Eesti_Vabariigi_Tartu_Ulikool, lk 310
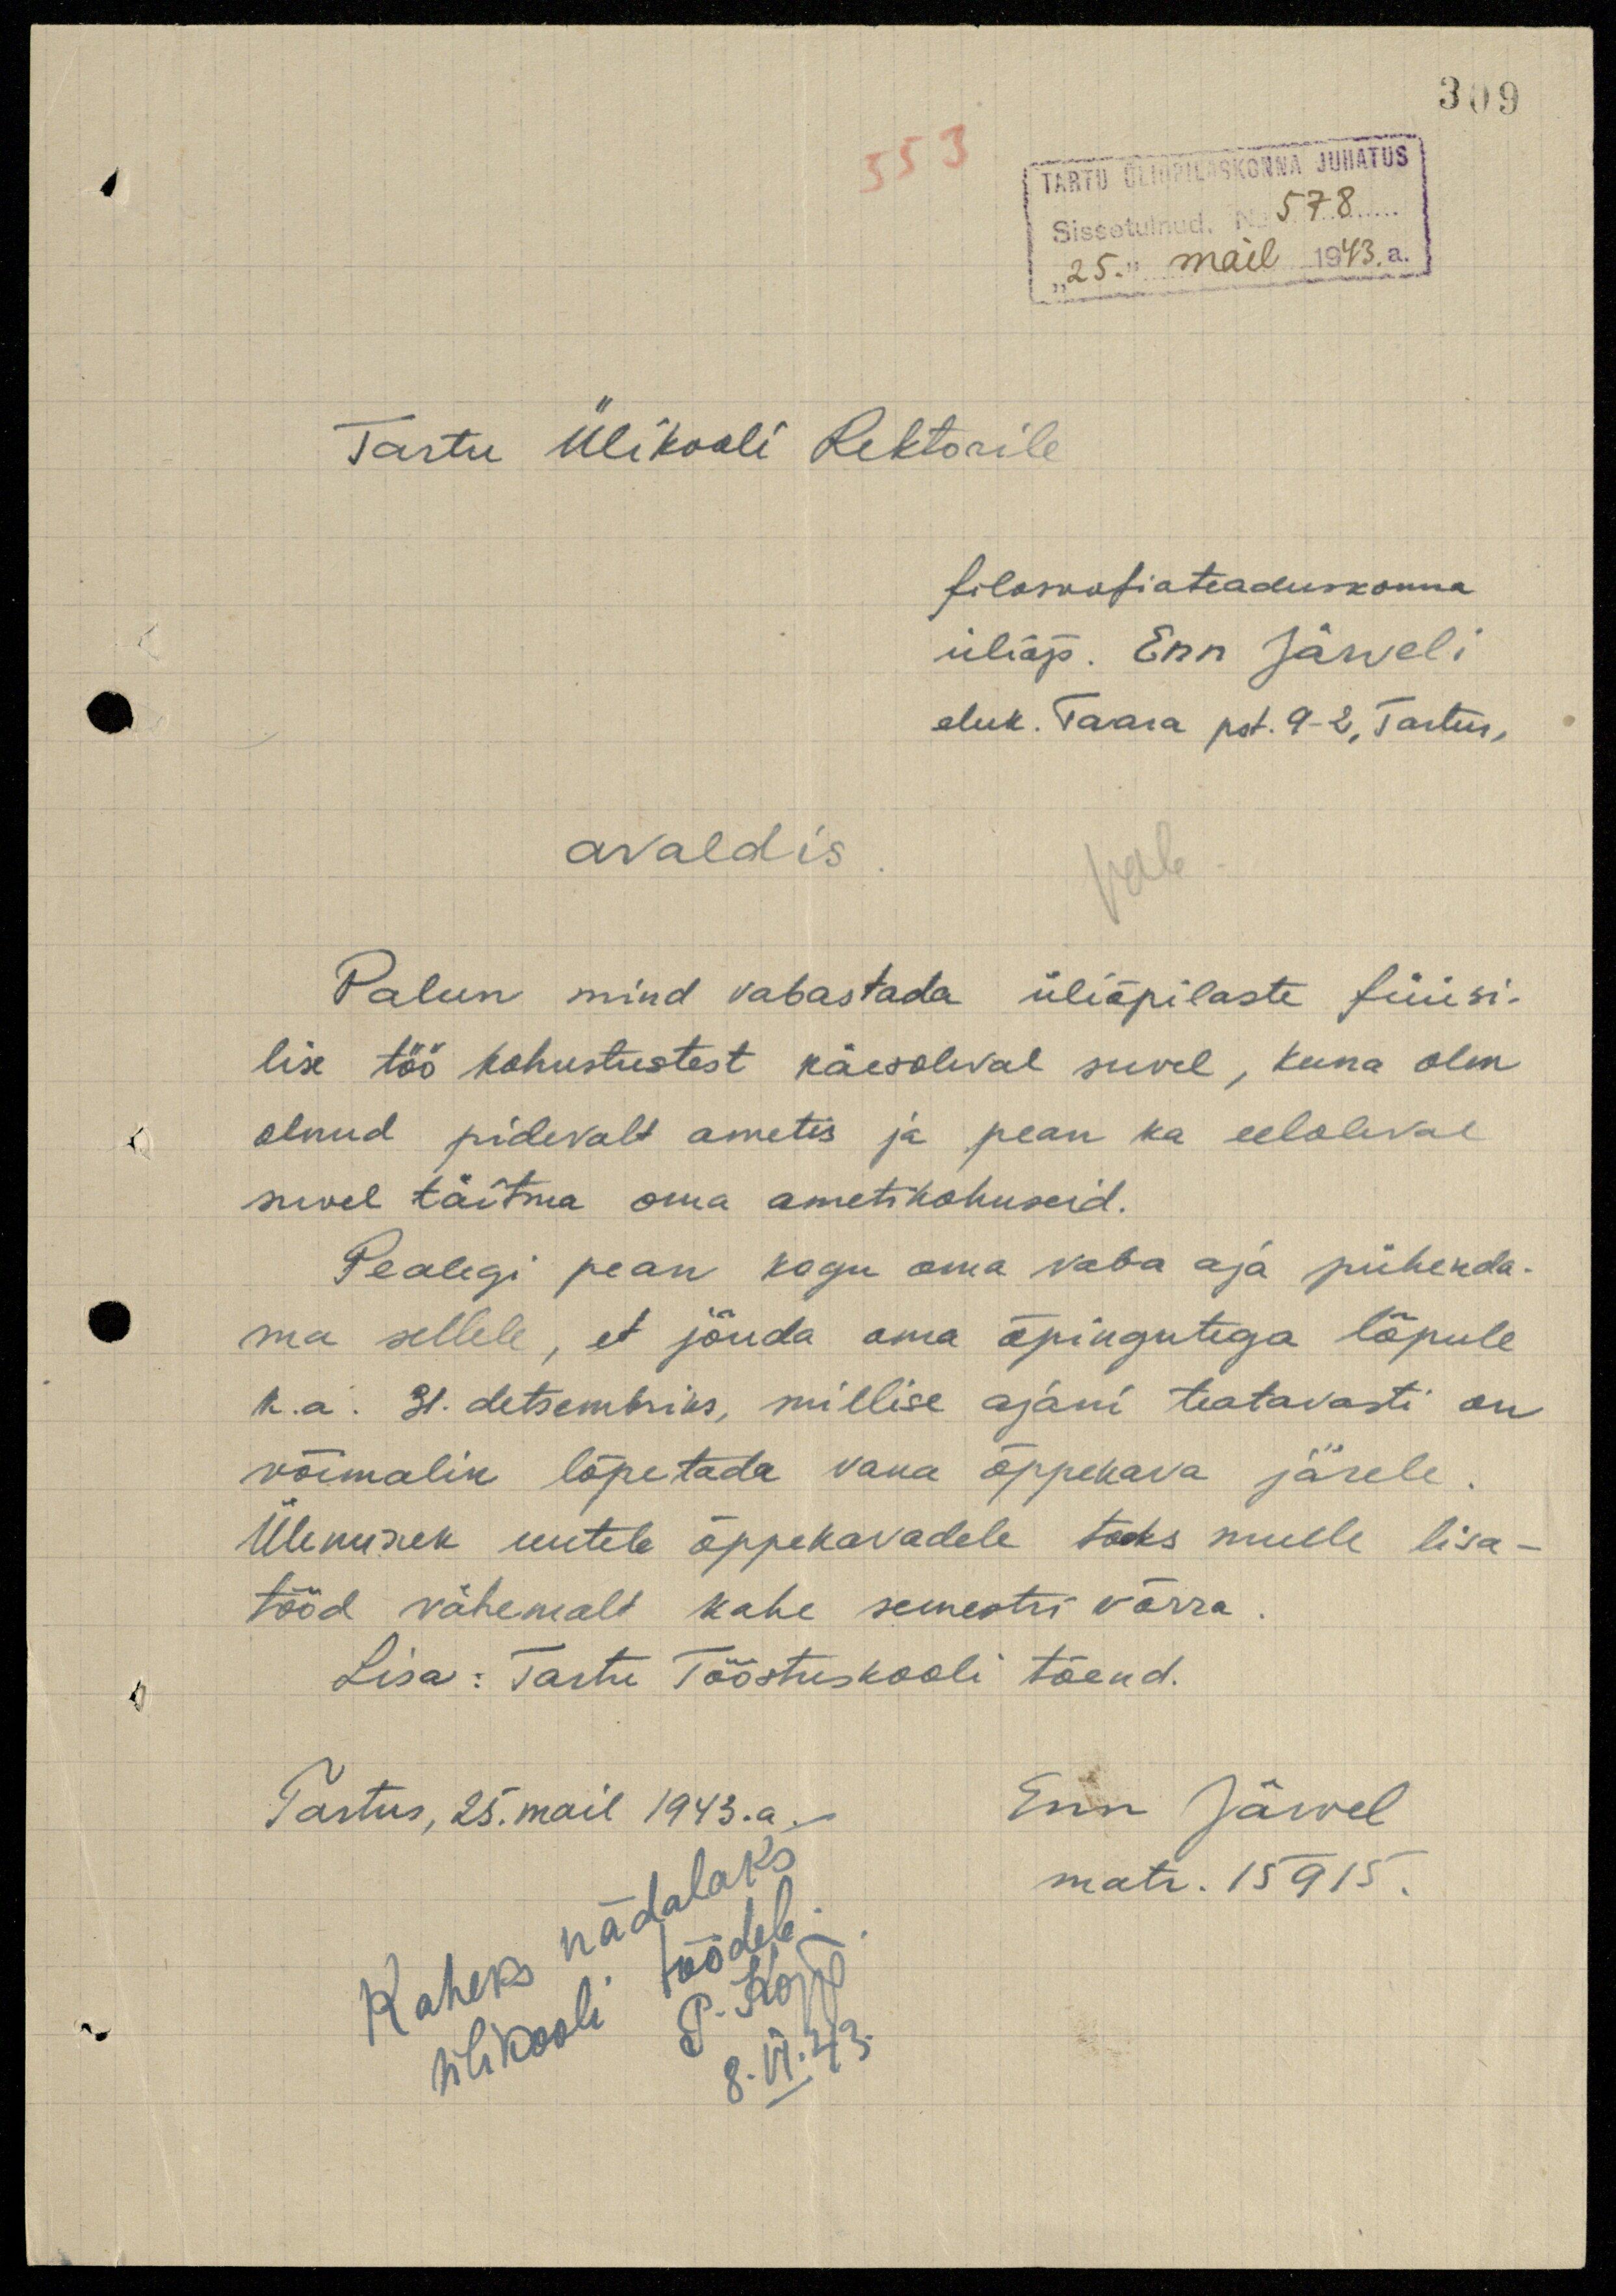
309
553
TARTU ÜLIÕPILASKONNA JUHATUS
Sissetulnud No 578
"25." mail 1943. a.
Tartu Ülikooli Rektorile
filosoofiateaduskonna
üliõp. Enn Järveli
eluk. Taara pst. 9-2, Tartus,
avaldis.
Palun mind vabastada üliõpilaste füüsi-
lise töö kohustustest käesoleval suvel, kuna olen
olnud pidevalt ametis ja pean ka eeloleval
suvel täitma oma ametikohuseid.
Pealegi pean kogu oma vaba aja pühenda-
ma sellele, et jõuda oma õpingutega lõpule
k.a. 31. detsembriks, millise ajani teatavasti on
võimalik lõpetada vana õppekava järele.
Üleminek uutele õppekavadele tooks mulle lisa-
tööd vähemalt kahe semestri võrra.
Lisa: Tartu Tööstuskooli tõend.
Tartus, 25. mail 1943.a.
Enn Järvel
matr. 15915.
Kaheks nädalaks
ülikooli töödele.
P. Kõpp.
8.VI.43.